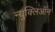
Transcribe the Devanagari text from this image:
न्युक्लिऑन